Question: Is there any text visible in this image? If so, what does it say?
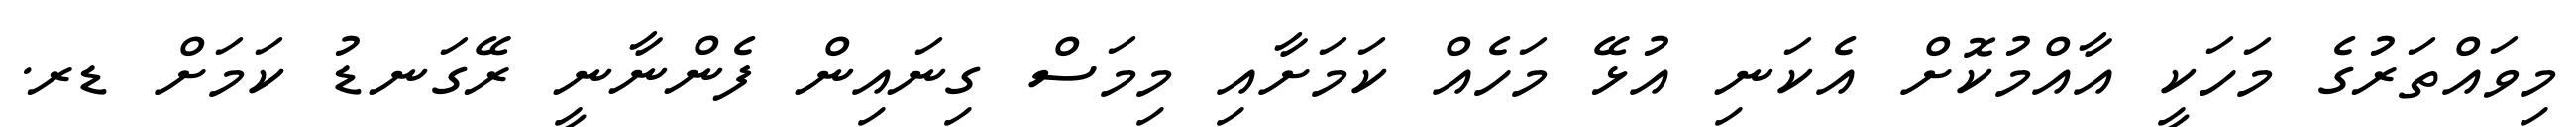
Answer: މިވައްތަރުގެ މަހަކީ އާއްމުކޮށް އެކަނި އުޅޭ މަހެއް ކަމަށާއި މިމަސް ގިނައިން ފެންނާނީ ރޭގަނޑު ކަމަށް ޑރ.